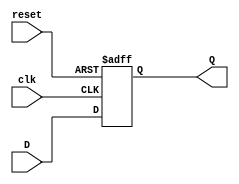
module DFlipFlop (
    input wire clk,
    input wire reset,
    input wire D,
    output reg Q
);

always @(posedge clk or posedge reset)
begin
    if (reset)
        Q <= 1'b0;  // Reset to 0
    else
        Q <= D;
end

endmodule